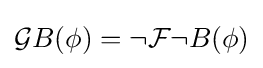
{\mathcal {G}}B(\phi )=\neg {\mathcal {F}}\neg B(\phi )